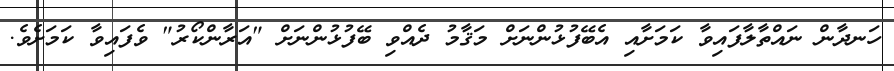
ހަނދާން ނައްތާލާފައިވާ ކަމަށާއި އެބޭފުޅުންނަށް މަޤާމު ދެއްވި ބޭފުޅުންނަށް "އަރާންކޯރު" ވެފައިވާ ކަމަށެވެ.